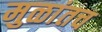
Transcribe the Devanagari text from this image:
मुळांतच